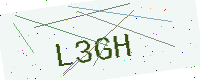
Text: L3GH